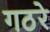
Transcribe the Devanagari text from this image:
गठरे